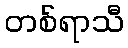
တစ်ရာသီ